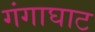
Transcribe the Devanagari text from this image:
गंगाघाट